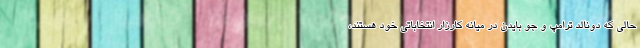
حالی که دونالد ترامپ و جو بایدن در میانه کارزار انتخاباتی خود هستند،